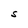
Character: S